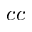
c c